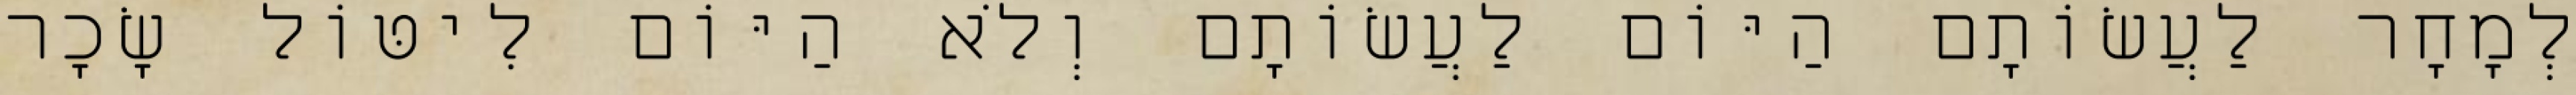
לְמָחָר לַעֲשׂוֹתָם הַיּוֹם לַעֲשׂוֹתָם וְלֹא הַיּוֹם לִיטּוֹל שָׂכָר